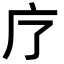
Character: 𭙏